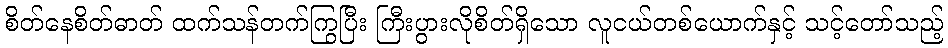
စိတ်နေစိတ်ဓာတ် ထက်သန်တက်ကြွပြီး ကြီးပွားလိုစိတ်ရှိသော လူငယ်တစ်ယောက်နှင့် သင့်တော်သည့်